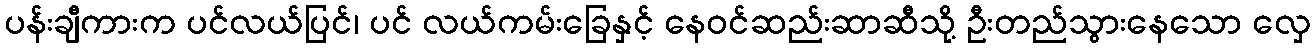
ပန်းချီကားက ပင်လယ်ပြင်၊ ပင် လယ်ကမ်းခြေနှင့် နေဝင်ဆည်းဆာဆီသို့ ဦးတည်သွားနေသော လှေ